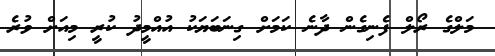
މަލްގެ ރޯލް ފެނިގެން ދާނެ ކަމަށް ގިނަބަޔަކު އުއްމީދު ކުރީ މިއަށް ވުރެ